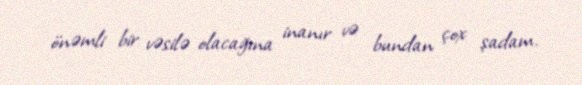
önəmli bir vəsilə olacağına inanır və bundan çox şadam.